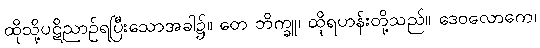
ထိုသို့ပဋိညာဉ်ရပြီးသောအခါ၌။ တေ ဘိက္ခူ၊ ထိုရဟန်းတို့သည်။ ဒေဝလောကေ၊